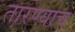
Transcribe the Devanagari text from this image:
तारण्याच